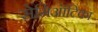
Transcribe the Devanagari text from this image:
सेमिऑटिका